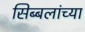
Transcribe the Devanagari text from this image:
सिब्बलांच्या